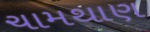
ચામથાણ